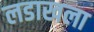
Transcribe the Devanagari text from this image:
लडाखला